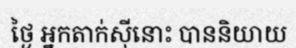
ថ្ងៃ អ្នកតាក់ស៊ីនោះ បាននិយាយ